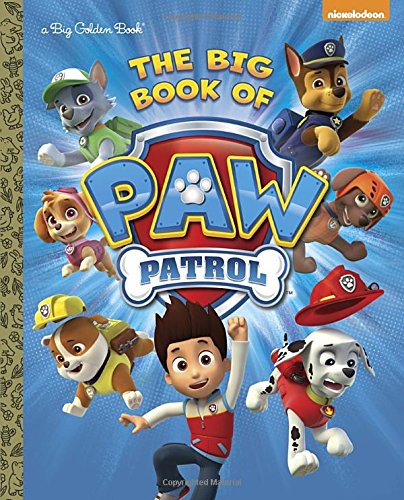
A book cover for The Big Book of Paw Patrol (Paw Patrol) (Big Golden Book); Golden Books; Children's Books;